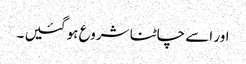
اور اسے چاٹنا شروع ہو گئیں ۔